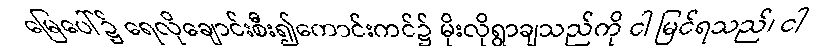
မြေပေါ်၌ ရေလိုချောင်းစီး၍ကောင်းကင်၌ မိုးလိုရွာချသည်ကို ငါ မြင်ရသည်၊ ငါ